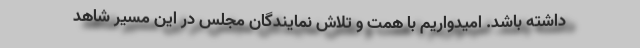
داشته باشد. امیدواریم با همت و تلاش نمایندگان مجلس در این مسیر شاهد